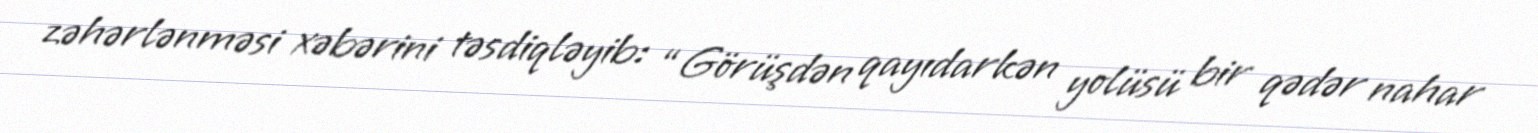
zəhərlənməsi xəbərini təsdiqləyib: “Görüşdən qayıdarkən yolüsü bir qədər nahar